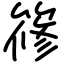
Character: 𥱤